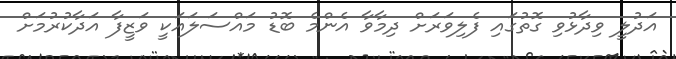
އަދުލީ ވިދާޅުވި ގޮތުގައި ފެލިވަރަށް ދިމާވާ އެންމެ ބޮޑު މައްސަލައަކީ ވަޒީފާ އަދާކުރުމަށް